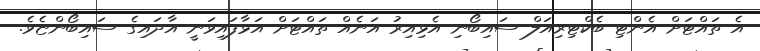
އެ ތައްޓަށް އެންޓި-ބެކްޓިރިއަލް ސައިބޯނި އެޅިއިރު އަނެއް ތައްޓަށް އަޅާފައިވަނީ އާދައިގެ ސައިބޯންޏެވެ.